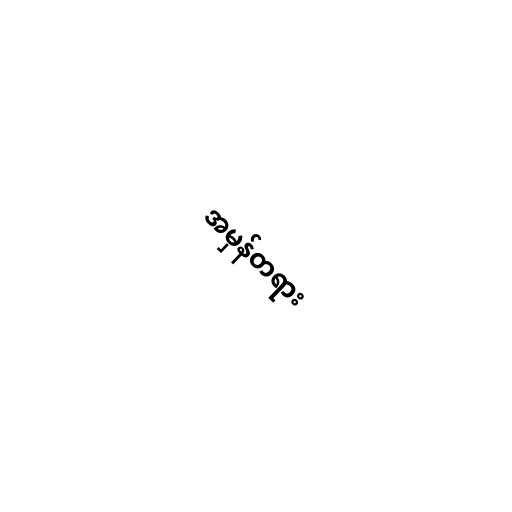
အမှန်တရား